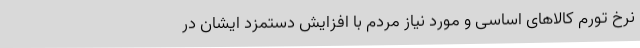
نرخ تورم کالاهای اساسی و مورد نیاز مردم با افزایش دستمزد ایشان در